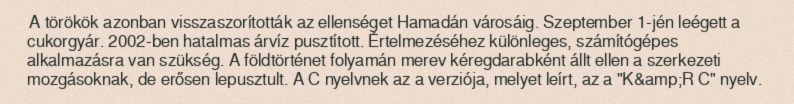
A törökök azonban visszaszorították az ellenséget Hamadán városáig. Szeptember 1-jén leégett a cukorgyár. 2002-ben hatalmas árvíz pusztított. Értelmezéséhez különleges, számítógépes alkalmazásra van szükség. A földtörténet folyamán merev kéregdarabként állt ellen a szerkezeti mozgásoknak, de erősen lepusztult. A C nyelvnek az a verziója, melyet leírt, az a "K&amp;R C" nyelv.